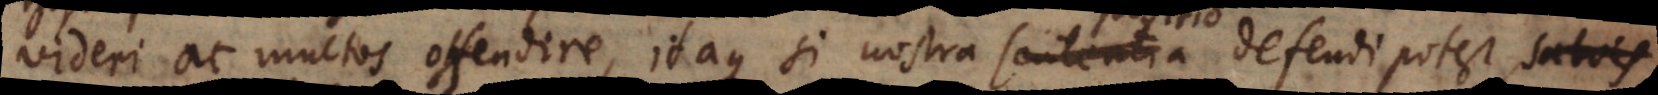
videri ac multos offendere, itaque si nostra sententia defendi potest, salvis